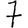
Digit: 7